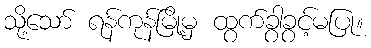
သို့သော် ရန်ကုန်မြို့မှ ထွက်ခွာခွင့်မပြု။